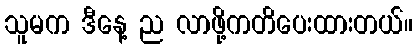
သူမက ဒီနေ့ ည လာဖို့ကတိပေးထားတယ်။